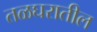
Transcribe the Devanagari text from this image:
तळघरातील